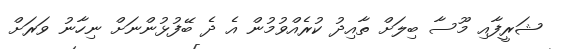
ޝަރީފާއި މޫސާ ބިލަށް ތާއިދު ކުރެއްވުމުން އެ ދެ ބޭފުޅުންނަށް ނިހާނު ވަރަށް